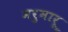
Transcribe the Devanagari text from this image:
मरुमारू